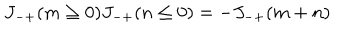
LaTeX: J _ { - + } ( m \ge 0 ) J _ { - + } ( n \le 0 ) = - J _ { - + } ( m + n )